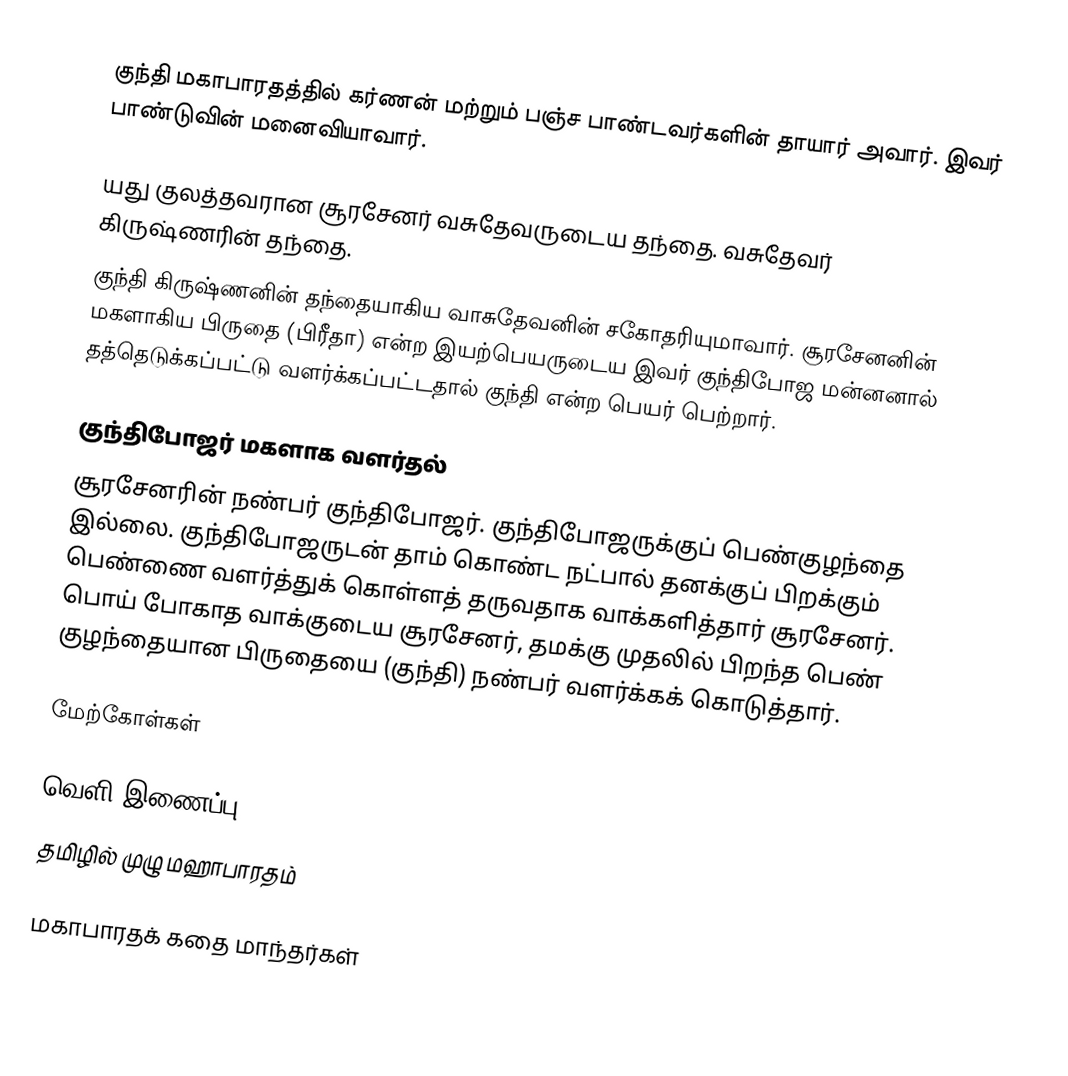
குந்தி மகாபாரதத்தில் கர்ணன் மற்றும்  பஞ்ச பாண்டவர்களின் தாயார் அவார். இவர் பாண்டுவின் மனைவியாவார்.

யது குலத்தவரான சூரசேனர் வசுதேவருடைய தந்தை. வசுதேவர் கிருஷ்ணரின் தந்தை.
குந்தி கிருஷ்ணனின் தந்தையாகிய வாசுதேவனின் சகோதரியுமாவார். சூரசேனனின் மகளாகிய பிருதை (பிரீதா) என்ற இயற்பெயருடைய இவர் குந்திபோஜ மன்னனால் தத்தெடுக்கப்பட்டு வளர்க்கப்பட்டதால் குந்தி என்ற பெயர் பெற்றார்.

குந்திபோஜர் மகளாக வளர்தல்
சூரசேனரின் நண்பர் குந்திபோஜர். குந்திபோஜருக்குப் பெண்குழந்தை இல்லை. குந்திபோஜருடன் தாம் கொண்ட நட்பால் தனக்குப் பிறக்கும் பெண்ணை வளர்த்துக் கொள்ளத் தருவதாக வாக்களித்தார் சூரசேனர். பொய் போகாத வாக்குடைய சூரசேனர், தமக்கு முதலில் பிறந்த பெண் குழந்தையான பிருதையை (குந்தி) நண்பர் வளர்க்கக் கொடுத்தார்.

மேற்கோள்கள்

வெளி இணைப்பு
 தமிழில் முழு மஹாபாரதம்

மகாபாரதக் கதை மாந்தர்கள்